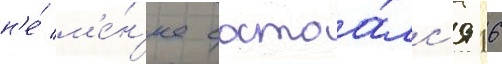
н'е́ м'е́н'ее состоа́лс'я 16